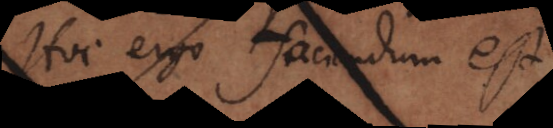
Hoc ergo faciendum est,